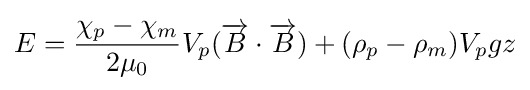
E={\frac {\chi _{p}-\chi _{m}}{2\mu _{0}}}V_{p}({\overrightarrow {B}}\cdot {\overrightarrow {B}})+(\rho _{p}-\rho _{m})V_{p}gz